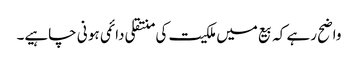
واضح رہے کہ بیع میں ملکیت کی منتقلی دائمی ہو نی چاہیے۔